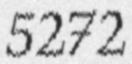
5272